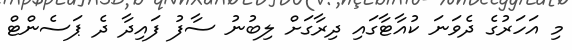
މި އަހަރުގެ ދެވަނަ ކުއާޓާގައި ދިރާގަށް ލިބުނު ސާފު ފައިދާ ދެ ޕަސެންޓް